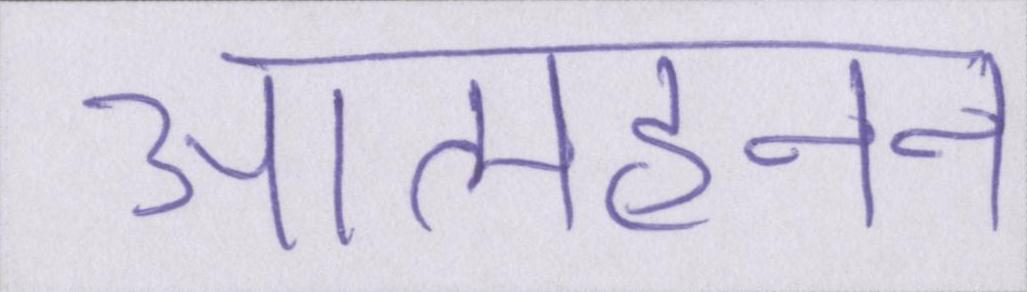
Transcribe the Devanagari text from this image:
आत्महनन